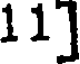
11]